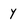
Character: y